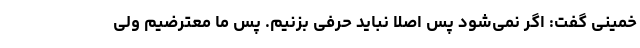
خمینی گفت: اگر نمی‌شود پس اصلا نباید حرفی بزنیم. پس ما معترضیم ولی